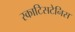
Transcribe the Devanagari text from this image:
स्काटिसटेनिस